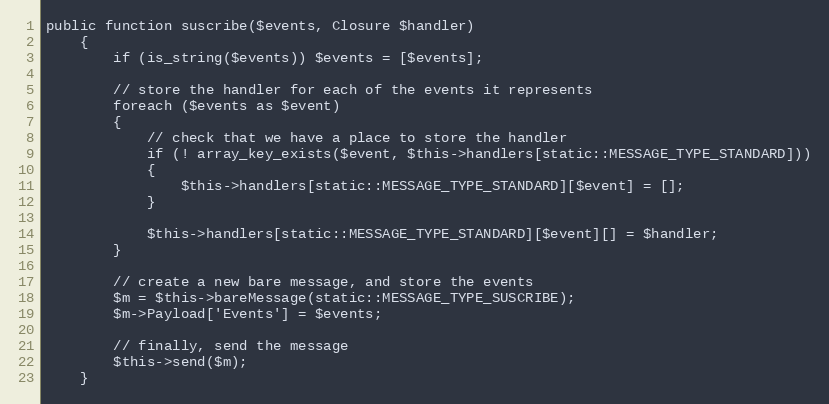
Language: PHP
public function suscribe($events, Closure $handler)
	{
		if (is_string($events)) $events = [$events];

		// store the handler for each of the events it represents
		foreach ($events as $event)
		{
			// check that we have a place to store the handler
			if (! array_key_exists($event, $this->handlers[static::MESSAGE_TYPE_STANDARD]))
			{
				$this->handlers[static::MESSAGE_TYPE_STANDARD][$event] = [];
			}

			$this->handlers[static::MESSAGE_TYPE_STANDARD][$event][] = $handler;
		}

		// create a new bare message, and store the events
		$m = $this->bareMessage(static::MESSAGE_TYPE_SUSCRIBE);
		$m->Payload['Events'] = $events;

		// finally, send the message
		$this->send($m);
	}